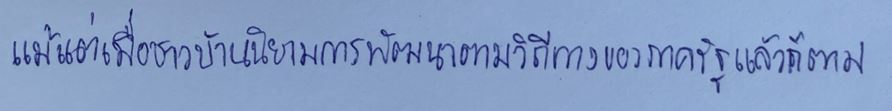
แม้แต่เมื่อชาวบ้านนิยามการพัฒนาตามวิถีทางของภาครัฐแล้วก็ตาม